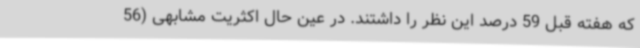
که هفته قبل 59 درصد این نظر را داشتند. در عین حال اکثریت مشابهی (56